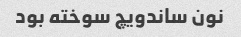
نون ساندویچ سوخته بود